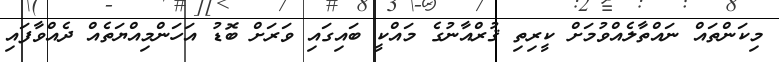
މިކަންތައް ނައްތާލެއްވުމަށް ކީރިތި ޤުރްއާނުގެ މައްކީ ބައިގައި ވަރަށް ބޮޑު އަހަންމިއްޔަތެއް ދެއްވާފައި